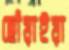
ছোঁয়াইয়া